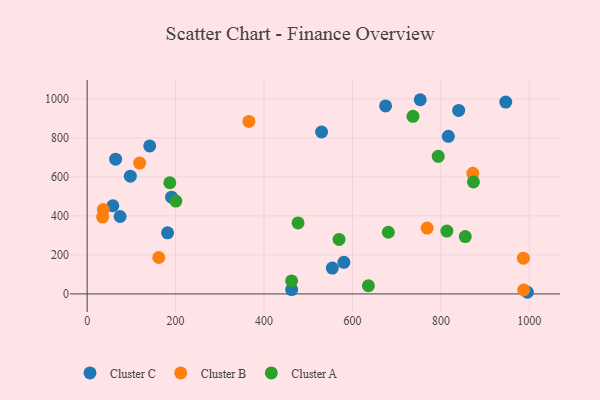
{"axis": {"x": "Speed", "y": "Profit"}, "legend": ["Cluster A", "Cluster B", "Cluster C"], "data": [{"x": "753.3", "y": 995.8, "type": "Cluster C"}, {"x": "946.7", "y": 984.0, "type": "Cluster C"}, {"x": "58.1", "y": 452.2, "type": "Cluster C"}, {"x": "554.5", "y": 132.3, "type": "Cluster C"}, {"x": "462.5", "y": 22.4, "type": "Cluster C"}, {"x": "816.8", "y": 808.2, "type": "Cluster C"}, {"x": "64.4", "y": 691.0, "type": "Cluster C"}, {"x": "995.6", "y": 8.4, "type": "Cluster C"}, {"x": "674.9", "y": 963.9, "type": "Cluster C"}, {"x": "840.2", "y": 940.8, "type": "Cluster C"}, {"x": "530.2", "y": 830.2, "type": "Cluster C"}, {"x": "190.9", "y": 496.3, "type": "Cluster C"}, {"x": "181.9", "y": 313.5, "type": "Cluster C"}, {"x": "580.6", "y": 162.2, "type": "Cluster C"}, {"x": "141.5", "y": 758.9, "type": "Cluster C"}, {"x": "97.7", "y": 603.7, "type": "Cluster C"}, {"x": "74.5", "y": 397.1, "type": "Cluster C"}, {"x": "36.6", "y": 432.5, "type": "Cluster B"}, {"x": "162.0", "y": 186.8, "type": "Cluster B"}, {"x": "872.2", "y": 618.2, "type": "Cluster B"}, {"x": "118.7", "y": 671.1, "type": "Cluster B"}, {"x": "35.0", "y": 393.9, "type": "Cluster B"}, {"x": "365.8", "y": 884.5, "type": "Cluster B"}, {"x": "986.5", "y": 183.2, "type": "Cluster B"}, {"x": "768.9", "y": 337.7, "type": "Cluster B"}, {"x": "987.2", "y": 20.1, "type": "Cluster B"}, {"x": "462.4", "y": 66.8, "type": "Cluster A"}, {"x": "186.9", "y": 570.0, "type": "Cluster A"}, {"x": "200.6", "y": 476.3, "type": "Cluster A"}, {"x": "873.6", "y": 574.1, "type": "Cluster A"}, {"x": "636.1", "y": 41.8, "type": "Cluster A"}, {"x": "569.7", "y": 279.5, "type": "Cluster A"}, {"x": "736.9", "y": 910.8, "type": "Cluster A"}, {"x": "681.1", "y": 316.1, "type": "Cluster A"}, {"x": "794.0", "y": 705.3, "type": "Cluster A"}, {"x": "855.1", "y": 293.9, "type": "Cluster A"}, {"x": "813.5", "y": 322.1, "type": "Cluster A"}, {"x": "477.0", "y": 364.2, "type": "Cluster A"}]}